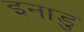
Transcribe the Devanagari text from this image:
इनाडु